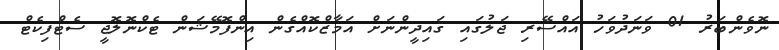
ނޮވެންބަރު 01 ވަނަދުވަހު އައްސޭރި ޖަލުގައި ޤައިދީންނަށް އަމާޒްކޮއްގެން އިންފޮމޭޝަން ޓެކްނޮލޮޖީ ސެޓްފިކެޓް